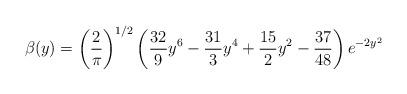
LaTeX: \begin{align*}\beta(y)=\left(\frac{2}{\pi}\right)^{1/2}\left(\frac{32}{9}y^{6}-\frac{31}{3}y^{4}+\frac{15}{2}y^{2}-\frac{37}{48}\right)e^{-2y^{2}}\end{align*}